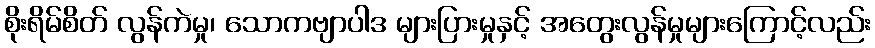
စိုးရိမ်စိတ် လွန်ကဲမှု၊ သောကဗျာပါဒ များပြားမှုနှင့် အတွေးလွန်မှုများကြောင့်လည်း